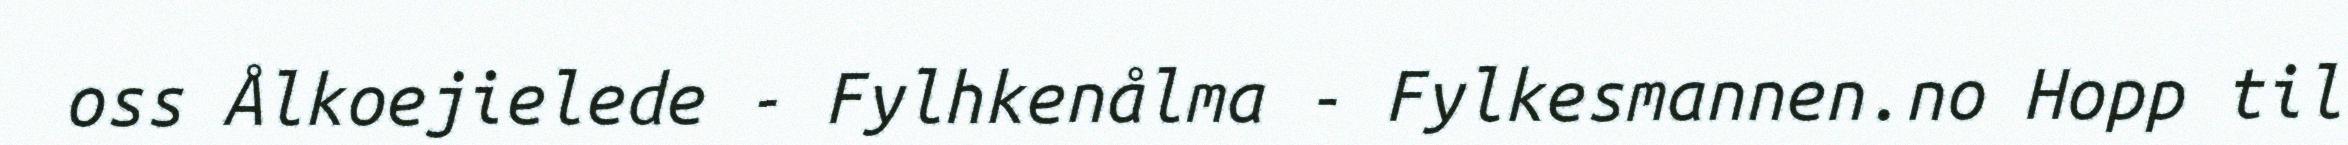
oss Ålkoejielede - Fylhkenålma - Fylkesmannen.no Hopp til